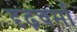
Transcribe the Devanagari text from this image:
दृढ़वर्मा